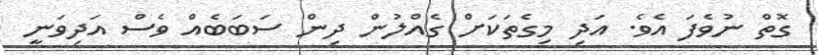
ގޮތް ނުވެފަ އެވެ. އަދި މިގެތަކަށް ގެއްލުން ދިން ސަބަބެއް ވެސް އަދިވަނީ